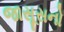
જાસૂસનો